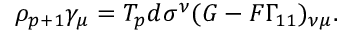
\rho _ { p + 1 } \gamma _ { \mu } = T _ { p } d \sigma ^ { \nu } ( G - { \cal F } \Gamma _ { 1 1 } ) _ { \nu \mu } .